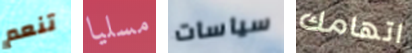
تنعم مسليا سياسات اتهامك